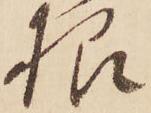
根